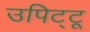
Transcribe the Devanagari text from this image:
उपिट्टू